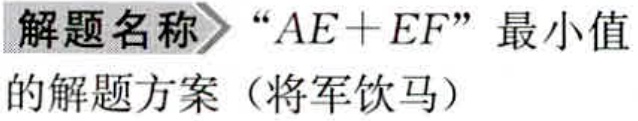
解题名称 “$AE + EF$”最小值的解题方案（将军饮马）